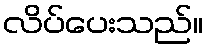
လိပ်ပေးသည်။